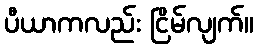
ပီယာကလည်း ငြိမ်လျက်။